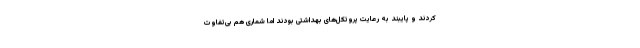
کردند و پایبند به رعایت پروتکل‌های بهداشتی بودند اما شماری هم بی‌تفاوت